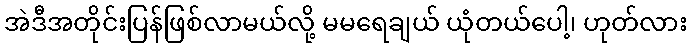
အဲဒီအတိုင်းပြန်ဖြစ်လာမယ်လို့ မမရေချယ် ယုံတယ်ပေါ့၊ ဟုတ်လား